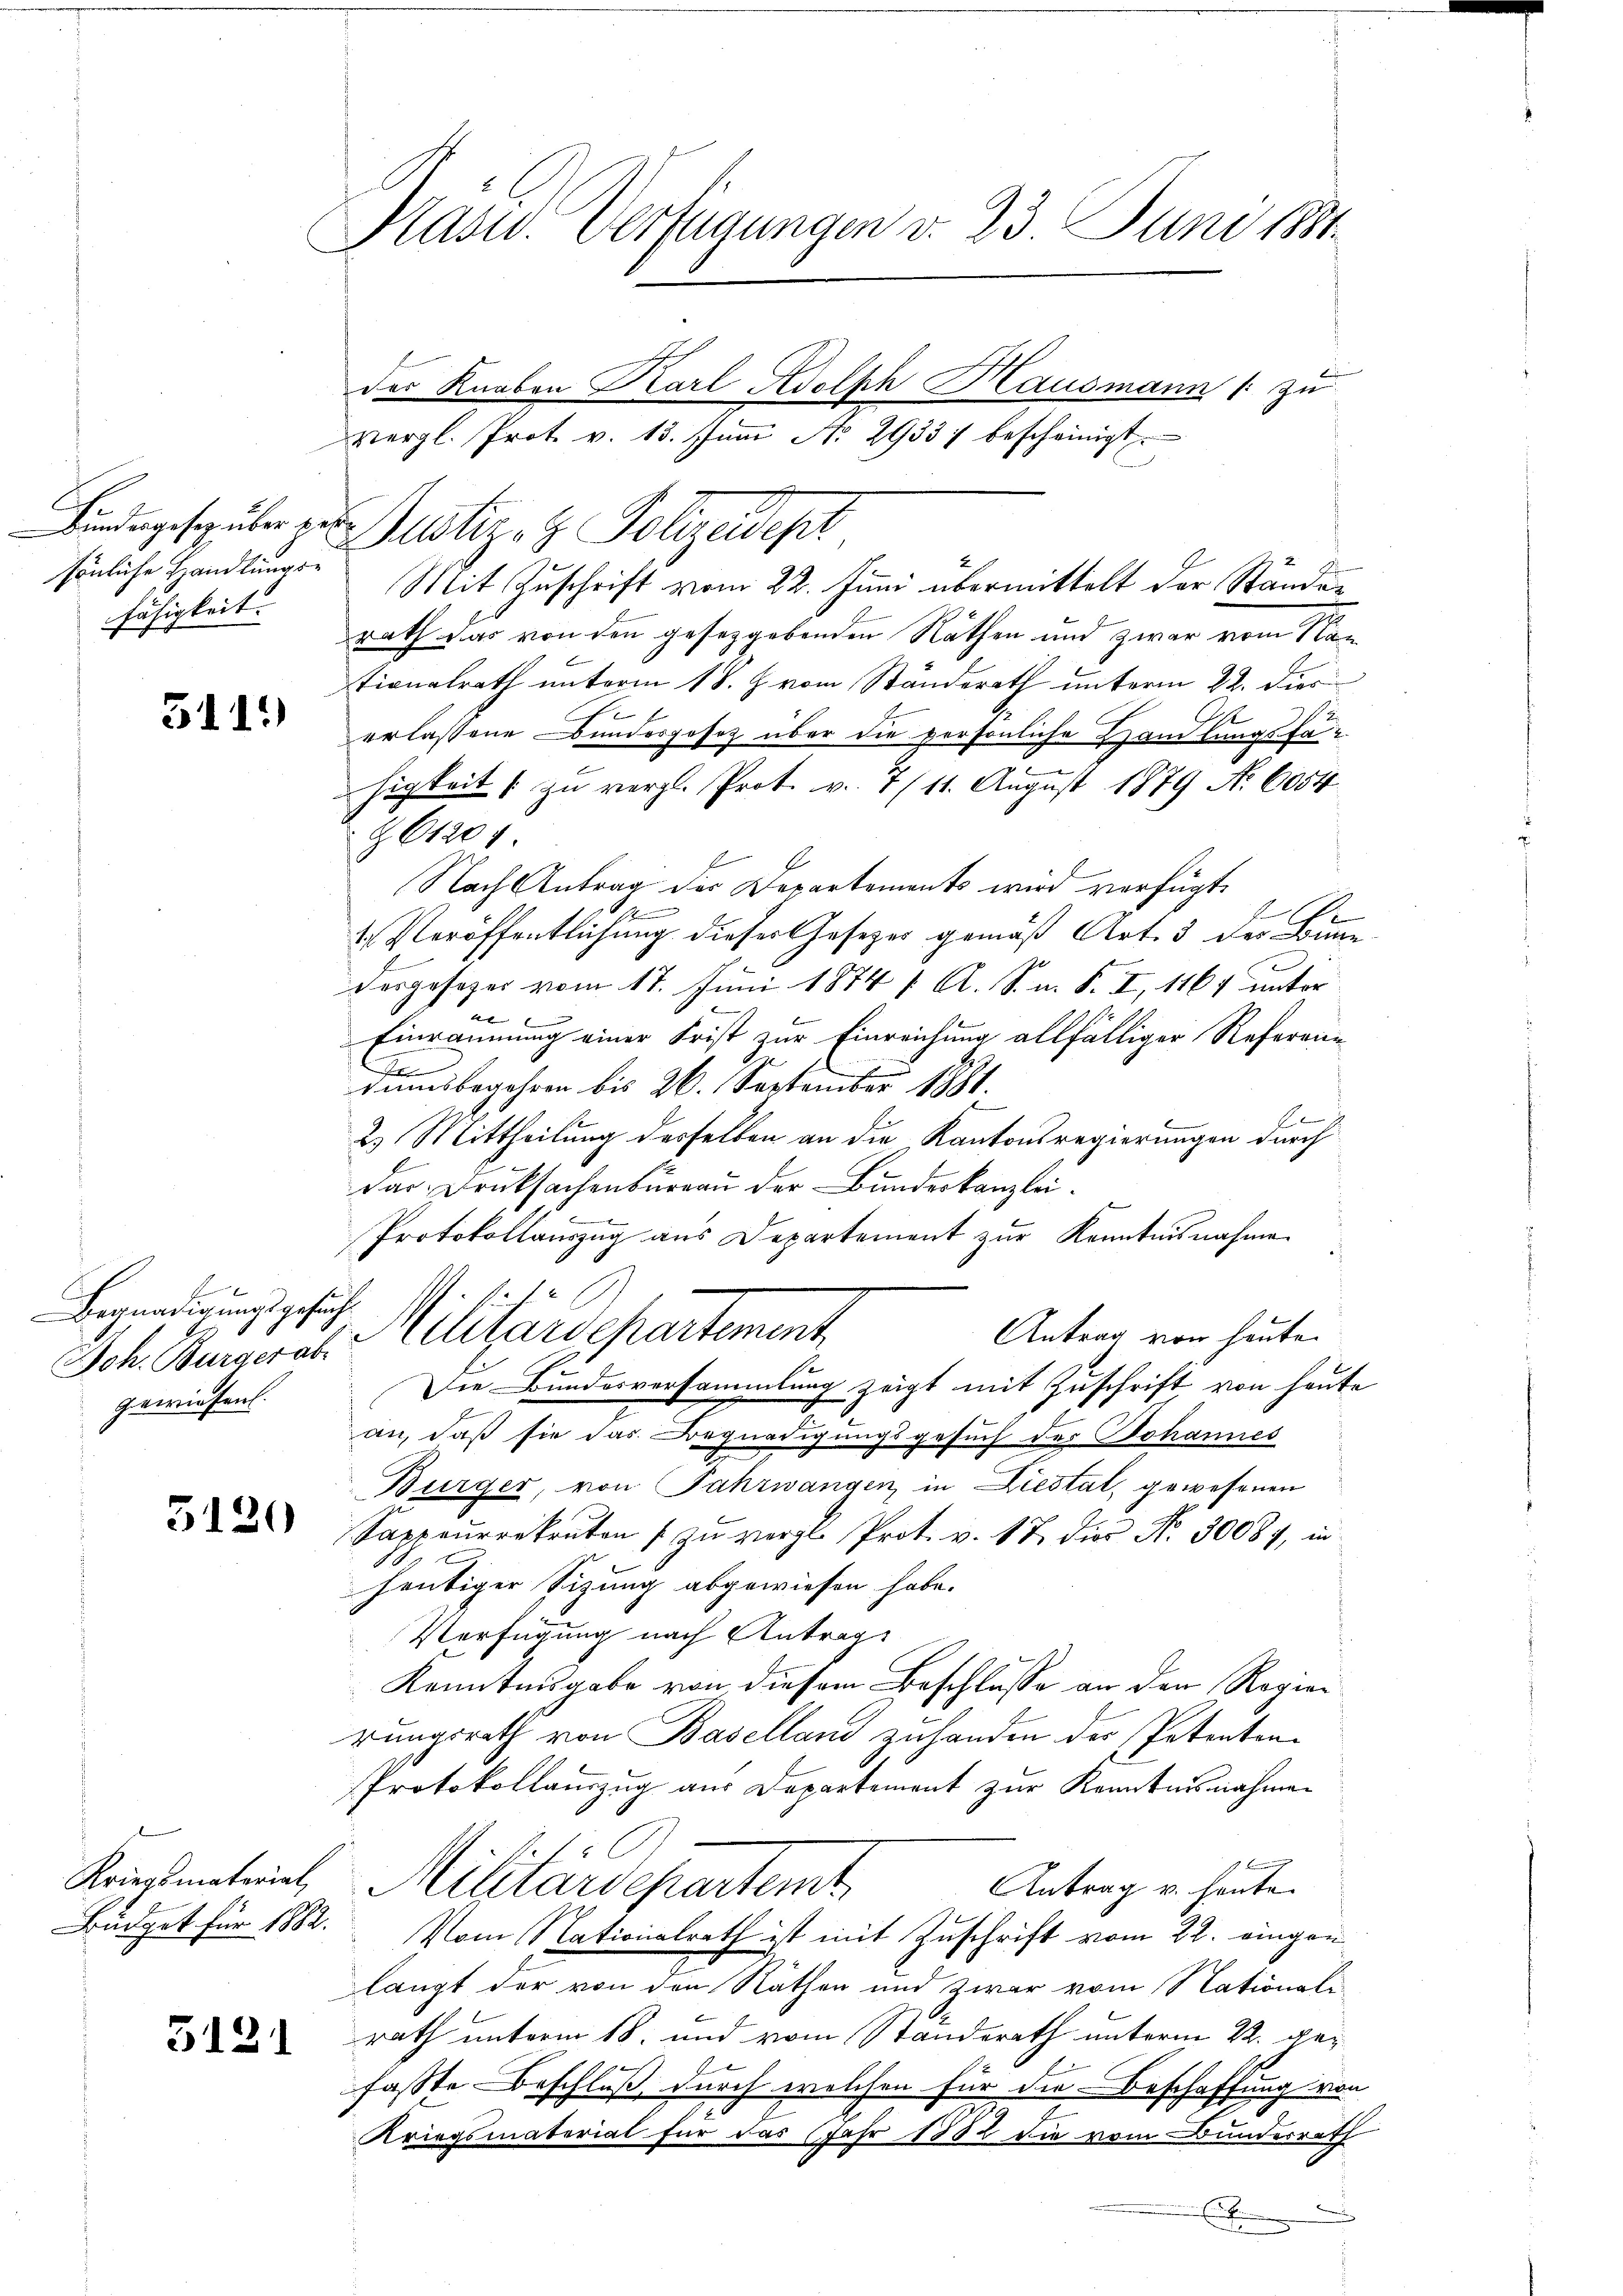
sönliche Handlungsfähigkeit.

311)

x
Begnadigungsgesuch
1f
gewiesen.

3120

Büdget für 1882.

3121

Präsid. Verfügungen v. 23. Juni 184

des Knaben Karl Adolph Hausmann 1 zu
vergl. Prot. v. 13. Juni No 2933) bescheinigt.
Findegespüler zu Justiz- & Polizeidept
Mit Zuschrift vom 22. Juni übermittelt der Ständer
rath das von den gesetzgebenden Räthen und zwar vom Kan
tionalrath unterm 18. J. vom Ständerath unterm 22. dies
.
erlassene Bundesgesetz über die persönliche Handlungsfähigkeit zu vergl. Prot. v. 7 (11. August 1879 No 6054
Z61204.
Nach Antrag des Departements wird verfügt:
1
E
1. Veröffentlichung dieses Gesetzes gemäß Art. 3 der Bumme
desgesezes vom 17. Juni 1874 1 Al. S. n. F. I, 1164 unter
2
Einräumung einer Frist zur Einreichung allfälliger Referene

tumsbegehren bis 26. September 1881.
E
2. Mittheilung desselben an die Kantonsregierungen durch
dar Drucksachenbureau der Bundeskanzlei¬
Protokollauszug aus Departement zur Kenntnisnahme
su
Antrag von heute.
Ich. Burgeral Militärdepartement
Die Bundesversammlung zeigt mit Zuschrift von heute
an, daß sie das Begnadigungsgesuch des Johannes
Bürger, von Fahrwangen in Liestal, gewesenen
Sappeurrekruten zu vergl. Prot. v. 17. dies Nr. 30084, in
heutiger Sizung abgewiesen habe.
Verfügung nach Antrag
Kenntnisgabe von diesem Beschlusse an den Regierungsrath von Baselland zuhanden der Petenten¬
Protokollauszug aus Departement zur Kenntnisnahme

Krigentriel Militärdepartemt
Antrag v. heute.
Vom Nationalrath ist mit Zuschrift vom 22. eingen
langt der von den Räthen und zwar vom Nationali
rath unterm 18. und vom Standerath unterm 22. gefasste Beschluß, durch welchen für die Beschaffung von
Kriegsmaterial für das Jahr 1882 die vom Bundesrath
E

e